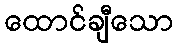
ထောင်ချီသော